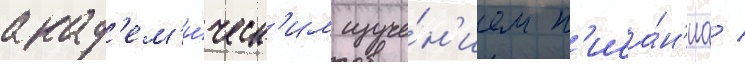
акад'ем'и́ческ'им изуче́н'ием п'иса́н'иа /